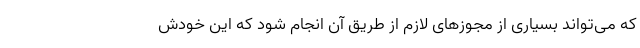
که می‌تواند بسیاری از مجوزهای لازم از طریق آن انجام شود که این خودش